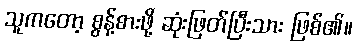
သူကတော့ စွန့်စားဖို့ ဆုံးဖြတ်ပြီးသား ဖြစ်၏။